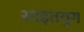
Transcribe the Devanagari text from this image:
साइतयुग